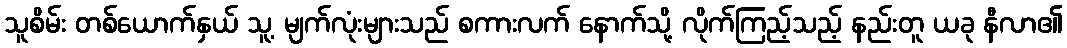
သူစိမ်း တစ်ယောက်နှယ် သူ့ မျက်လုံးများသည် စကားလက် နောက်သို့ လိုက်ကြည့်သည့် နည်းတူ ယခု နီလာ၏